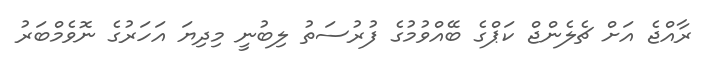
ރާއްޖެ އަށް ޗެލެންޖް ކަޕްގެ ބޭއްވުމުގެ ފުރުސަތު ލިބުނީ މިދިޔަ އަހަރުގެ ނޮވެމްބަރު